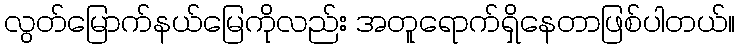
လွတ်မြောက်နယ်မြေကိုလည်း အတူရောက်ရှိနေတာဖြစ်ပါတယ်။